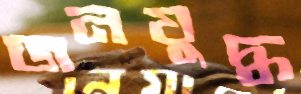
জনযুদ্ধ